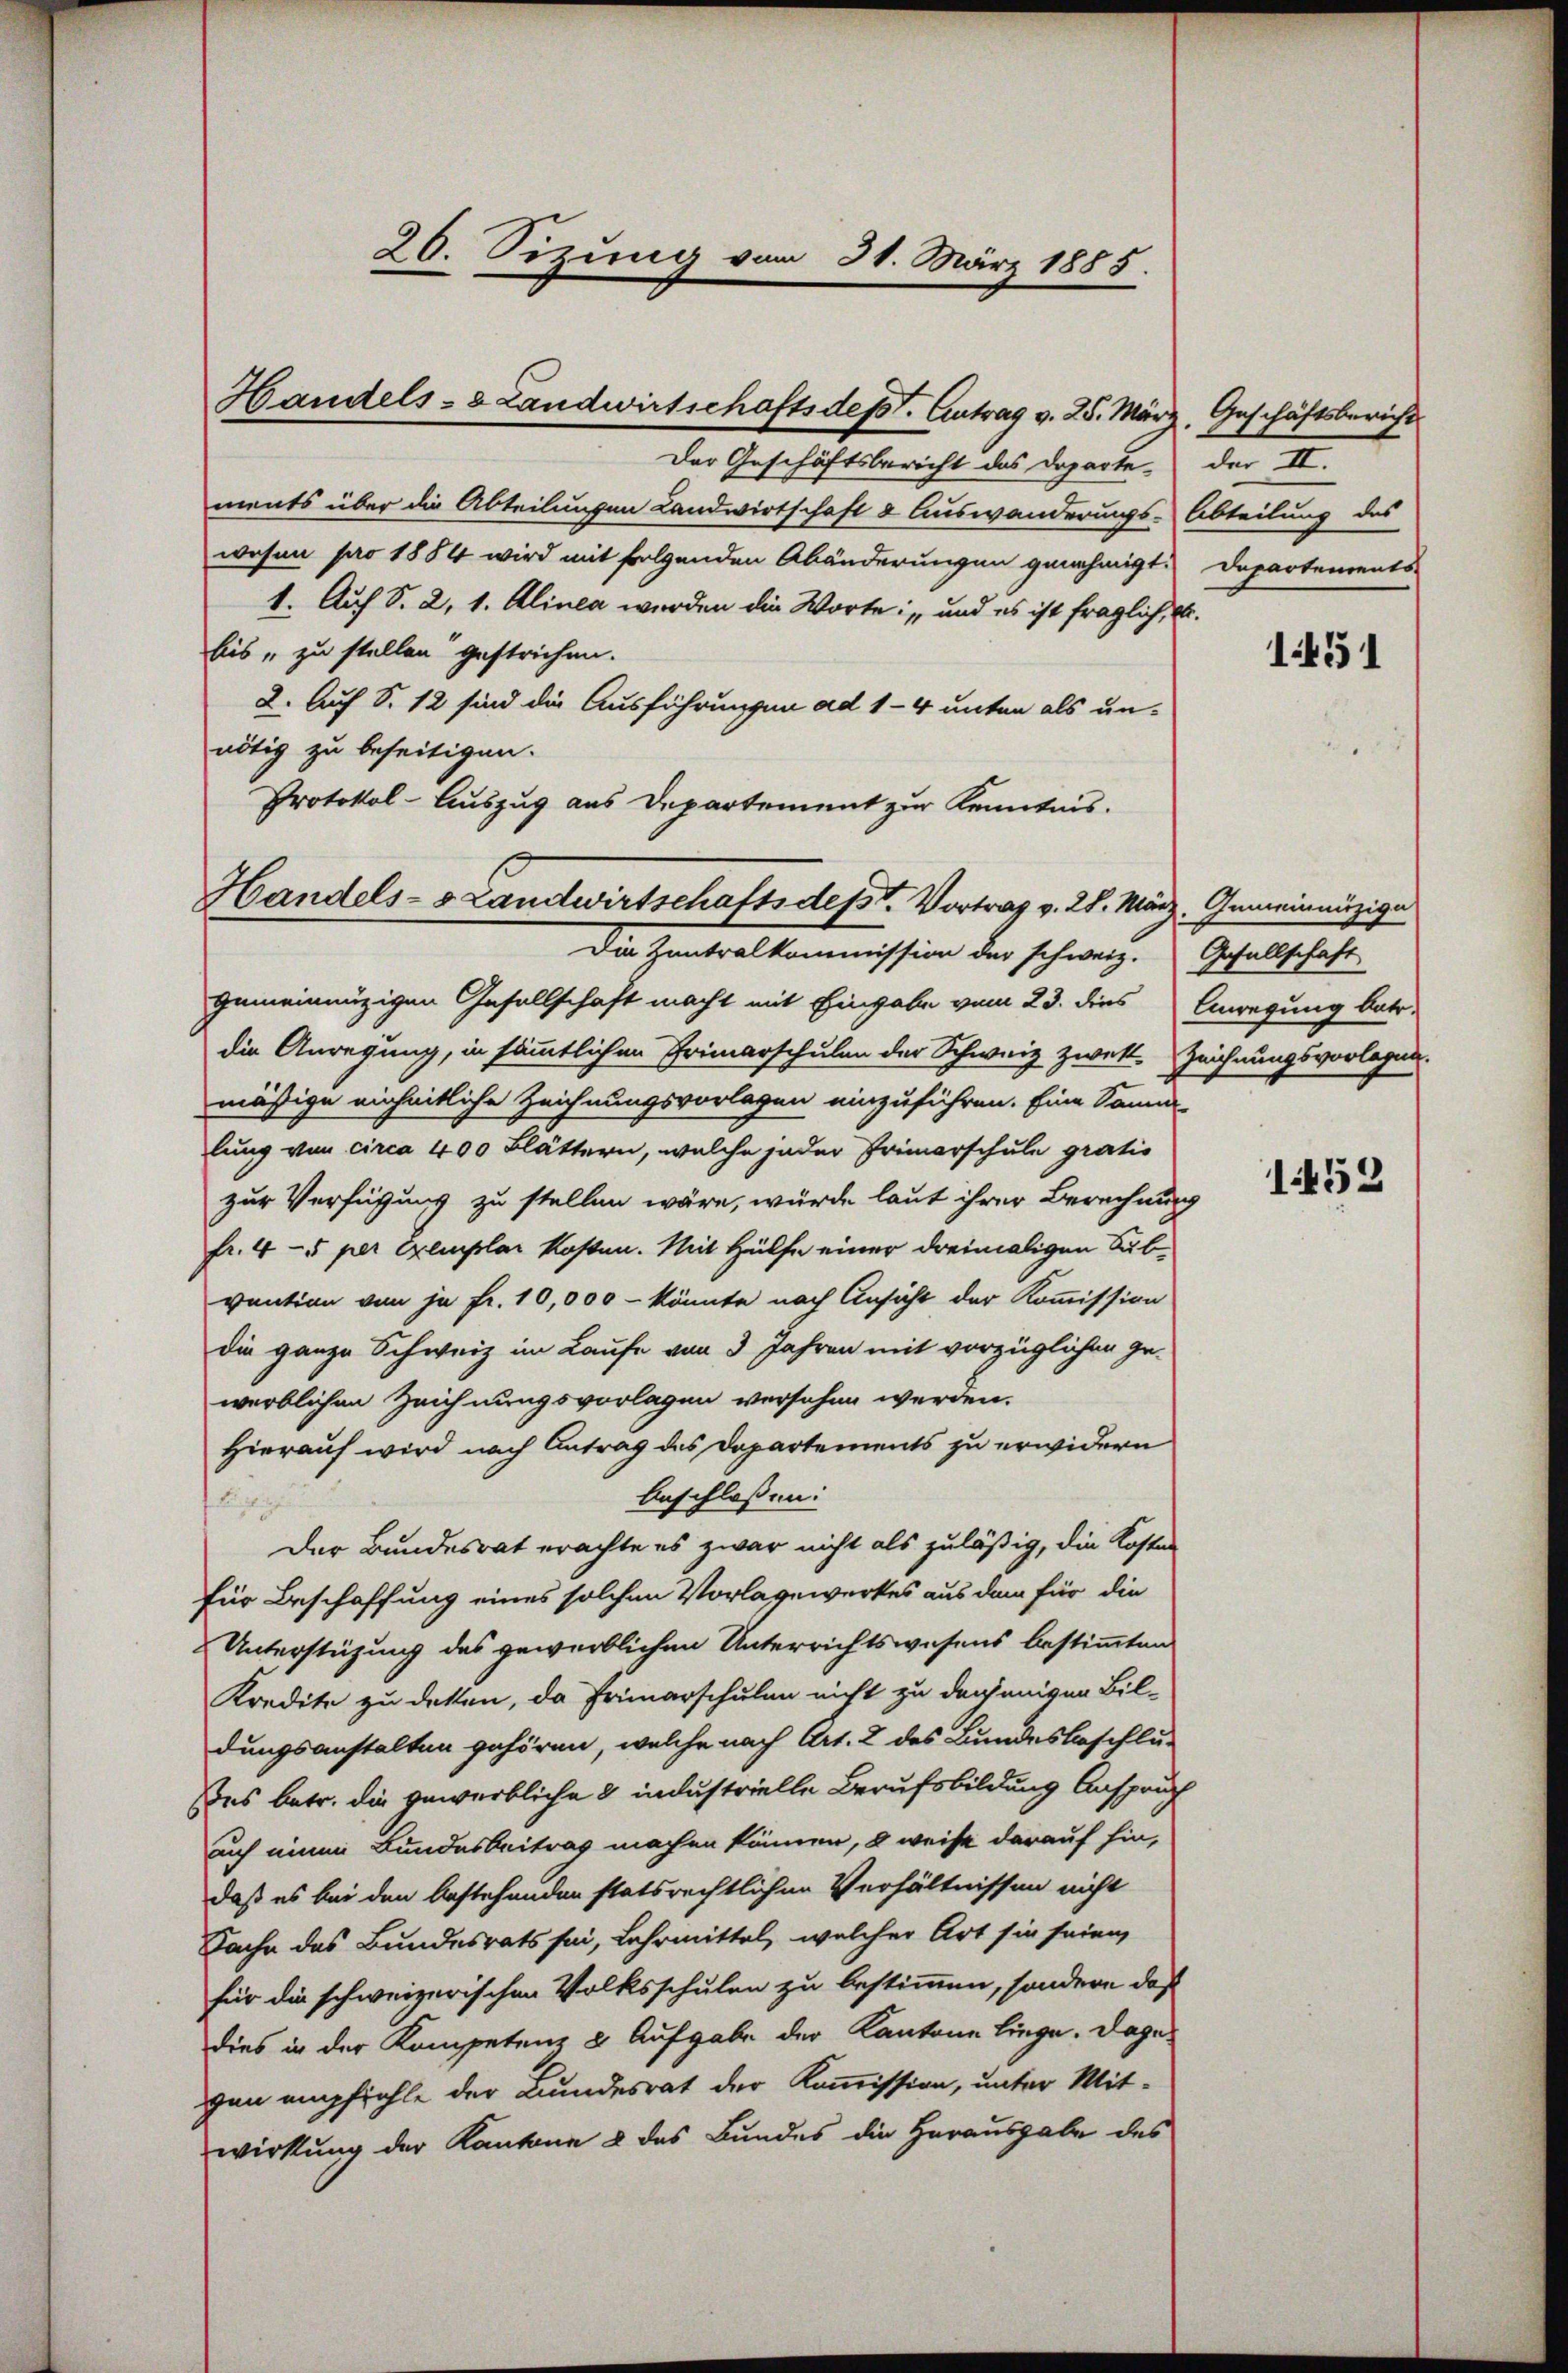
Der Geschäftsbericht des Departements über die Abteilungen Landwirtschaft & Auswanderungs-Abteilung des
wesen pro 1884 wird mit folgenden Abänderungen genehmigt.
1. Auf S. 2, 1. Alinea werden die Worte: „und es ist fraglich, u.
bis "zu stellen gestrichen.
2. Auf S. 12 sind die Ausführungen ad 1-4 unter als un-
nötig zu beseitigen.
Protokol-Auszug aus Departement zur Kenntnis.
Die Zentralkommission der schweiz.
gemeinnüzigen Gesellschaft macht mit Eingabe vom 23. dies
die Anregung, in sämmtlichen Primarschulen der Schweiz zwekt. Zeichnungsvorlegun
mäßige einheitliche Zeichnungsvorlagen einzuführen. Eine Samm-
lung von circa 400 Blättern, welche jeder Primarschule gratio
zur Verfügung zu stellen wäre, würde laut ihrer Berechnung
fr. 4-5 per Exemplar kosten. Mit Hülfe einer dreimaligen Subvention von je Fr. 10,000 - könnte nach Ansicht der Kommission
die ganze Schweiz im Laufe von 3 Jahren mit vorzüglichen ge-
werblichen Zeichnungsvorlagen versehen werden.
Hierauf wird nach Antrag des Departements zu erwidern
beschloßen:
5
Der Bundesrat erachte es zwar nicht als zuläßig, die Kosten
für Beschaffung eines solchen Vorlagewerkes aus dem für die
Unterstützung des gewerblichen Unterrichtswesens bestimmten
Kredite zu detten, da Frimarschulen nicht zu denjenigen Bil-
dungsanstalten gehören, welche nach Art. 2 des Bundesbeschlus
des betr. die gewerbliche 2 industrielle Berufsbildung Anspruch
auch einen Bundesbeitrag machen können, 8 weist darauf hin,
daß es bei den bestehenden statsrechtlichen Verhältnissen nicht
Sache des Bundesrats sei, Lehrmittel, welcher Art sie seien,
für die schweizerischen Volksschulen zu bestimmen, sondern daß
dies in der Kompetenz & Aufgabe der Kantone liege. Dagegen empfiehle der Bundesrat der Kommission, unter Mitwirkung der Kantone & des Bundes die Herausgabe des

20. Sizung vom 31. März 1885.

Handels- & Landwirtschaftsdest. Antrag v. 25. März, Geschäftsbericht

Handels-Landwirtschaftsdept. Vortrag v. 28. März, Gemeinnüzige

der II.
Departements

1451

Gesellschaft
Anregung betr.

1452